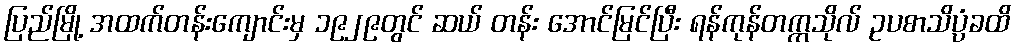
ပြည်မြို့ အထက်တန်းကျောင်းမှ ၁၉၂၉တွင် ဆယ် တန်း အောင်မြင်ပြီး ရန်ကုန်တက္ကသိုလ် ဥပစာသိပ္ပံခထိ